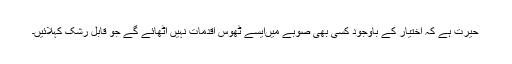
حیرت ہے کہ اختیار کے باوجود کسی بھی صوبے میںایسے ٹھوس اقدمات نہیں اٹھائے گے جو قابل رشک کہلائیں۔